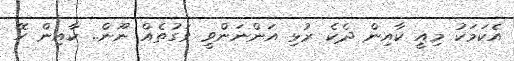
އެކަމަކު މިއީ ކާއިން ދެކެ ރުޅި އަންނަންވީ ވަގުތެއް ނޫން.. ކާއިން ހޭ